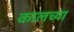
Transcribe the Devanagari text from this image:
कालच्या